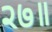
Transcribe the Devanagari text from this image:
२७॥